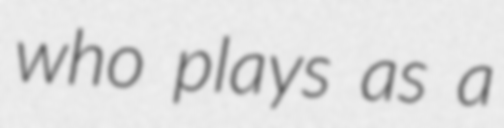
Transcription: who plays as a